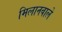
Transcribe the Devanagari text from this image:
मिलानवाले